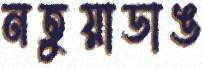
নতুয়াডাঙ